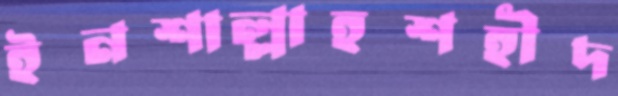
ইনশাল্লাহশহীদ